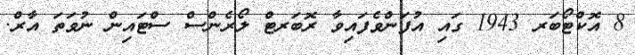
8 އޮކްޓޯބަރ 1943 ގައި އުފަންވެފައިވާ ރޮބަރޓް ލޯރެންސް ސްޓައިން ނުވަތަ އާރް.